Trukikaitis_Postimees, lk 30
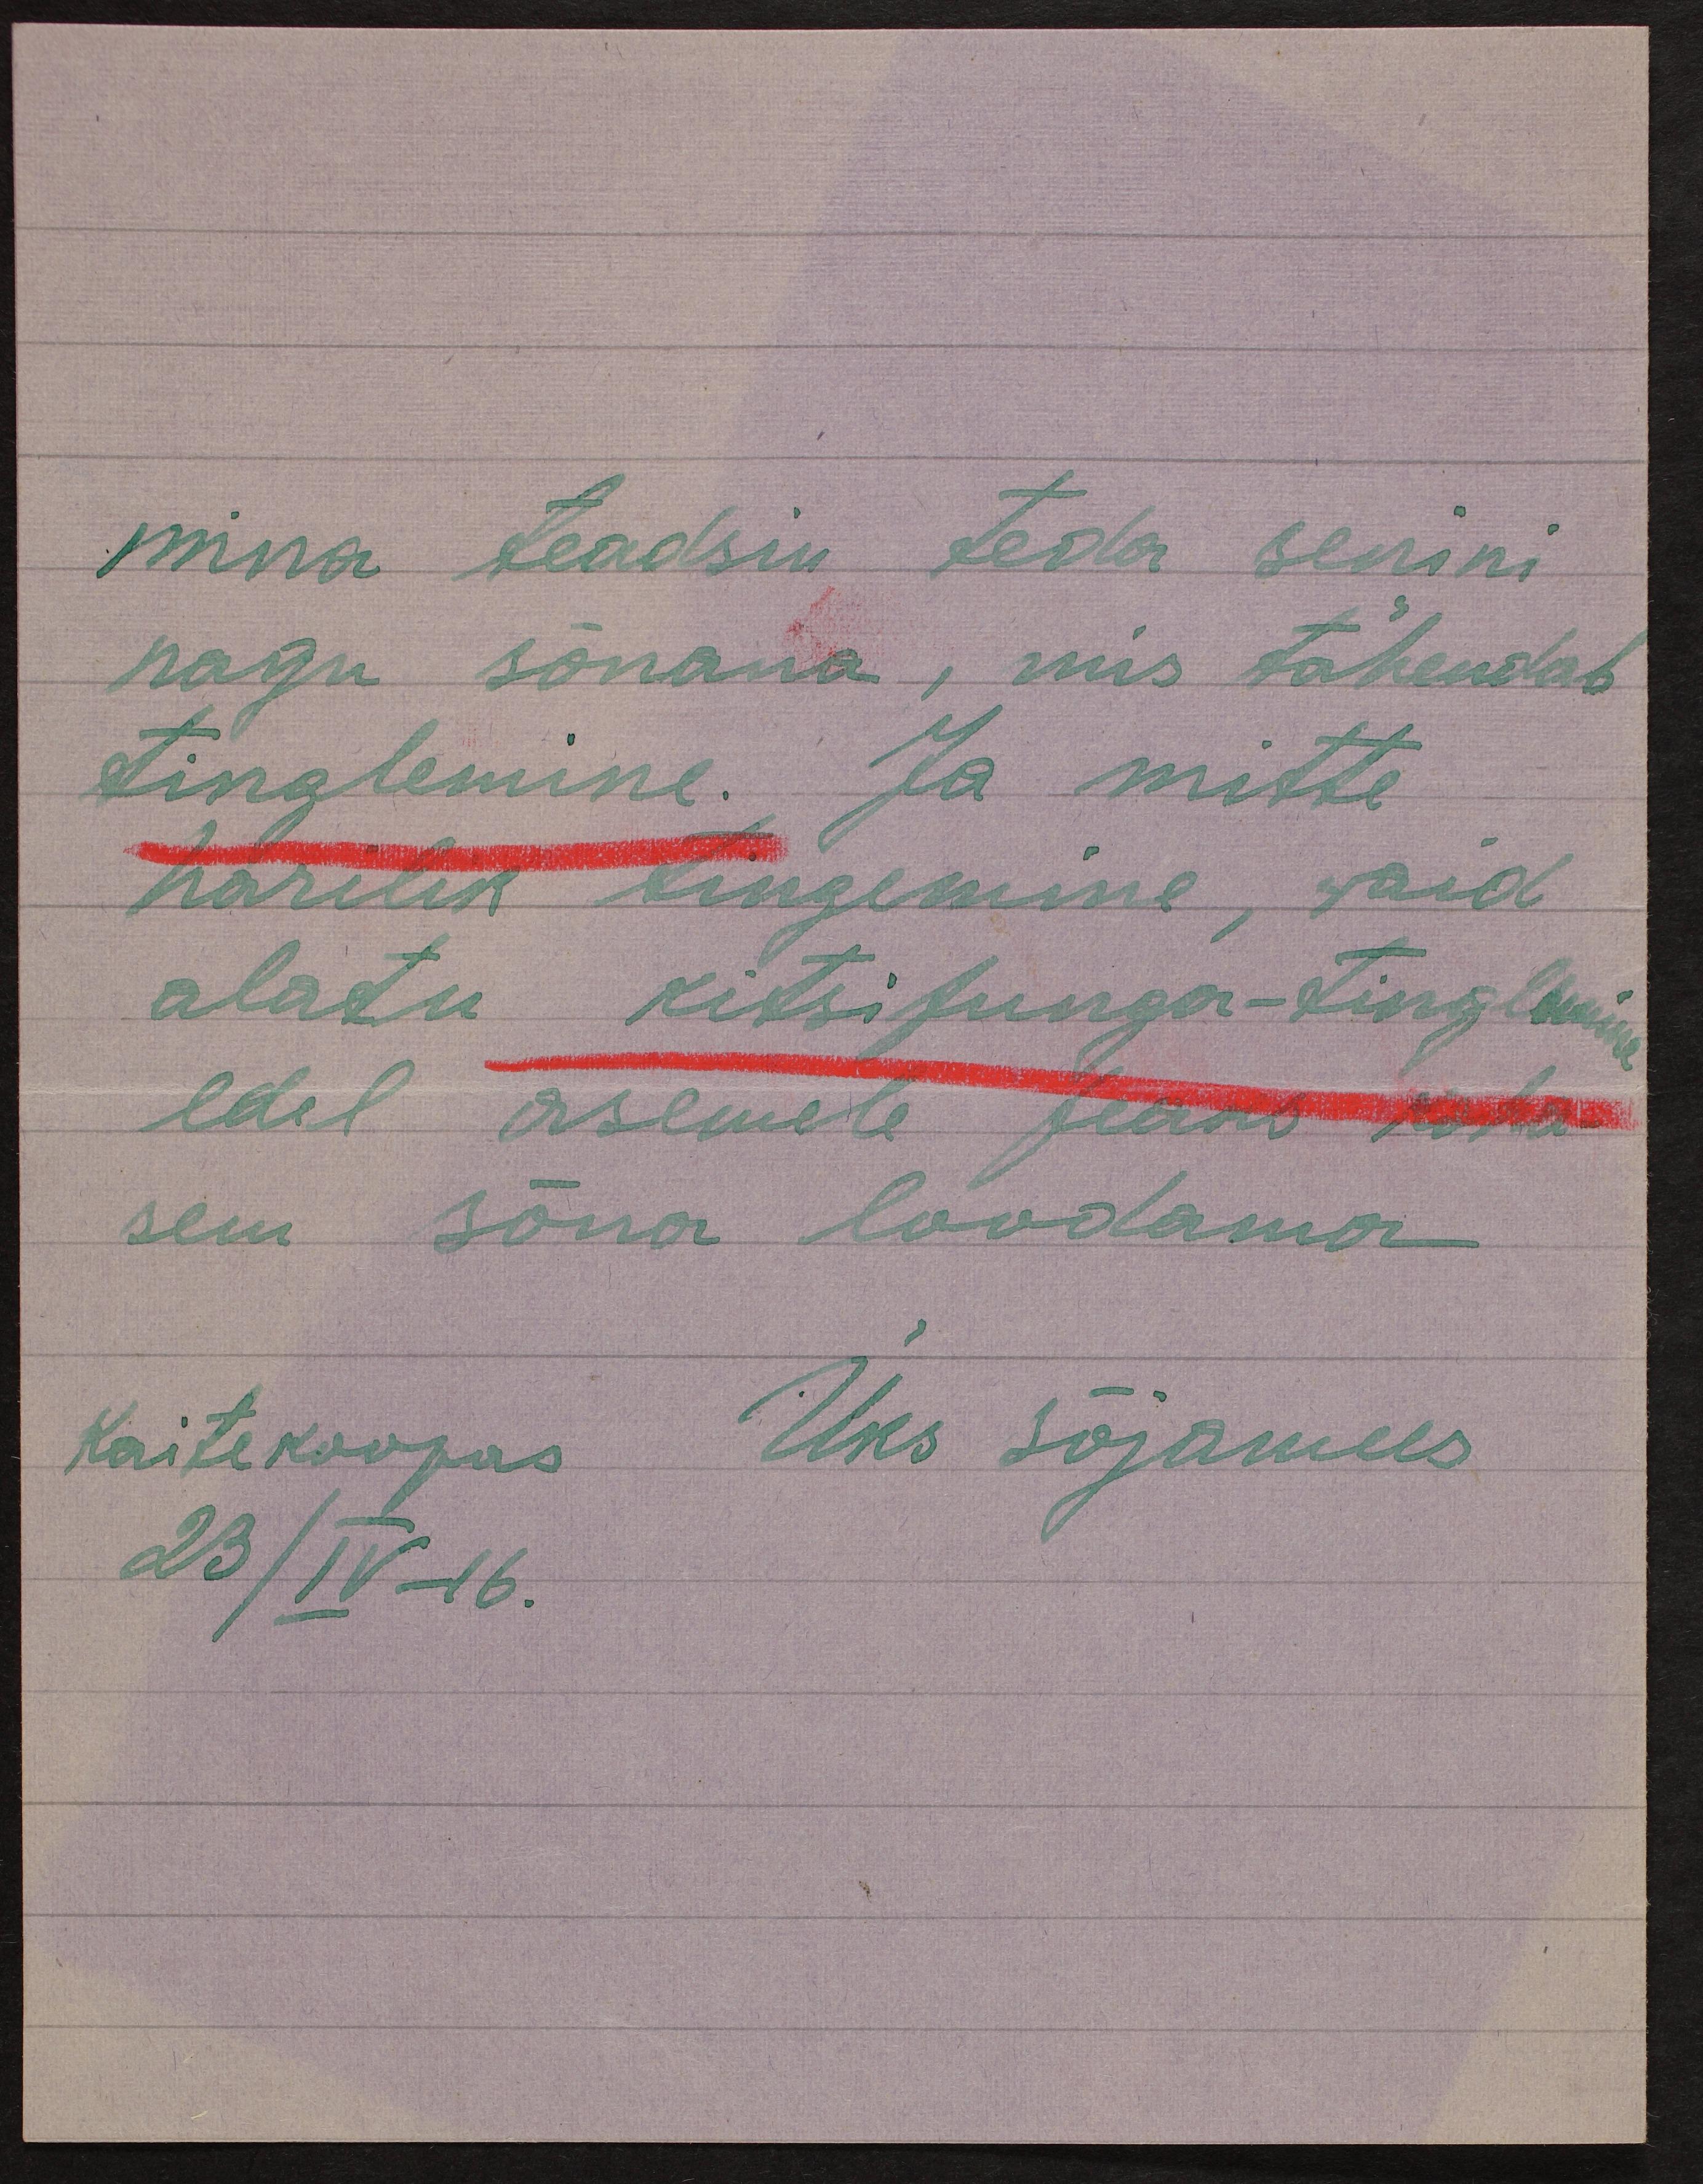
mina teadsin teda senini
nagu sõnana, mis tähendab
tinglemine. Ja mitte
harilik tingemine, waid
alatu kitsipunga-tinglemine
edel asemele peaks koha-
sem sõna loodama
Kaitekoopas Üks sõjamees
23/IV-16.